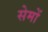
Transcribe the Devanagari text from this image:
सेमों